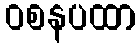
ဝစနပထာ